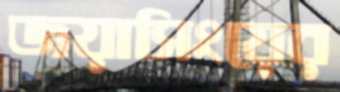
জয়াসিংয়ের